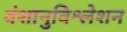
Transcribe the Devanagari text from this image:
वंशानुविश्लेशन